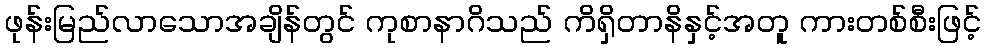
ဖုန်းမြည်လာသောအချိန်တွင် ကုစာနာဂိသည် ကိရှိတာနိနှင့်အတူ ကားတစ်စီးဖြင့်